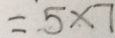
= 5 \times 7